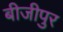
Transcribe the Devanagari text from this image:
बीजीपुर